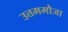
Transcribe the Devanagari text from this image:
उत्तममौजा